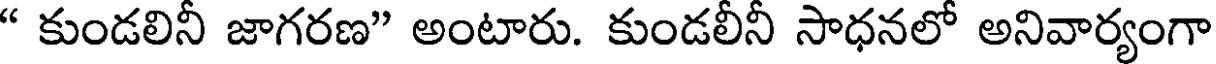
" కుండలినీ జాగరణ" అంటారు. కుండలీనీ సాధనలో అనివార్యంగా